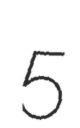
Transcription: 5